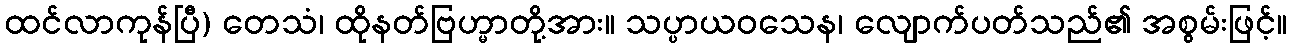
ထင်လာကုန်ပြီ) တေသံ၊ ထိုနတ်ဗြဟ္မာတို့အား။ သပ္ပာယဝသေန၊ လျောက်ပတ်သည်၏ အစွမ်းဖြင့်။